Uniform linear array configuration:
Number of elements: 8
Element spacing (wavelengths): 1
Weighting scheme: kaiser
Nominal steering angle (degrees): -60
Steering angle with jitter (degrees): -59.467
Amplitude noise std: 0.05
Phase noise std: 0.05

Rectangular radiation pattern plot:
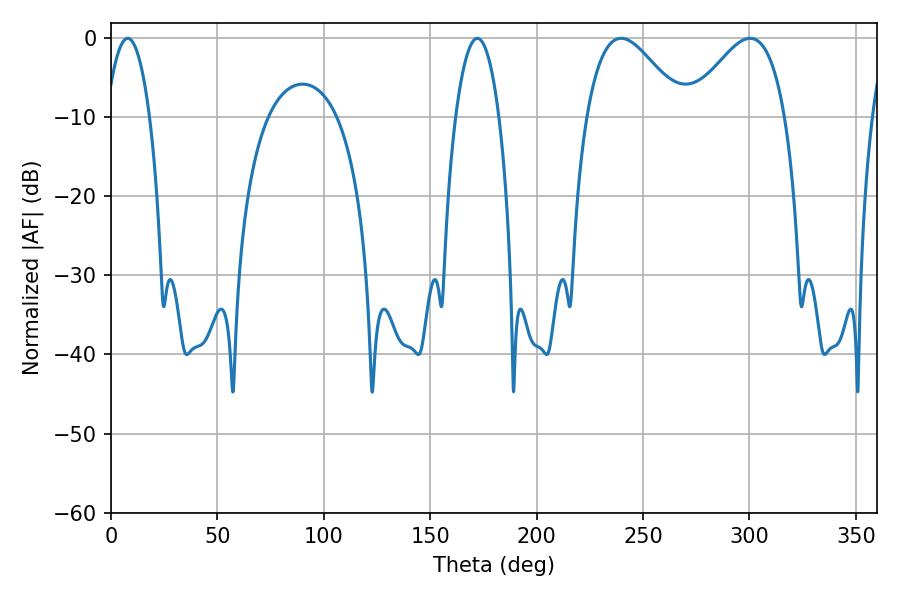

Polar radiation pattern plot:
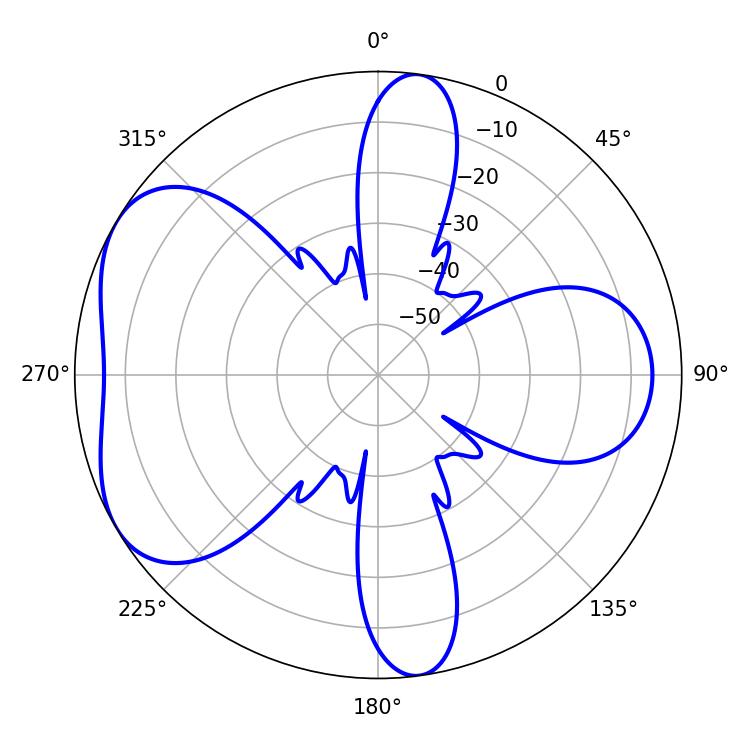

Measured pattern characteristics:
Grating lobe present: TRUE
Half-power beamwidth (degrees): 24.48
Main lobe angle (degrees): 239.76